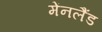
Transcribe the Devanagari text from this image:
मेंनलैंड